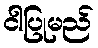
ငါပြုမည်